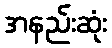
အနည်းဆုံး